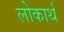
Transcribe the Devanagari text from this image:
लोकार्थ